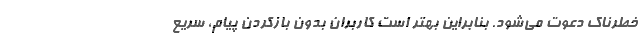
خطرناک دعوت می‌شود. بنابراین بهتر است کاربران بدون بازکردن پیام، سریع